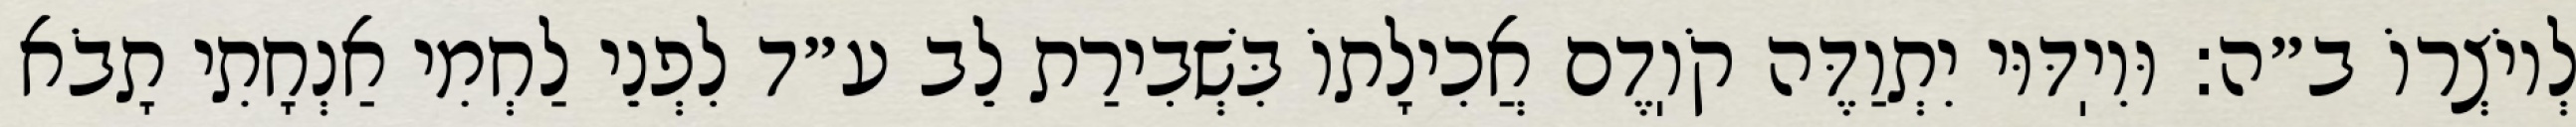
לְיוֹצְרוֹ ב״ה: וּוִיֽדּוּי יִתְוַדֶּה קֹוֽדֶם אֲכִילָתוֹ בִּשְׁבִירַת לֵב ע״ד לִפְנֵי לַחְמִי אַנְחָתִי תָבֹא